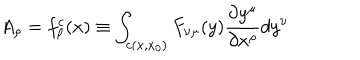
A _ { \rho } = f _ { \rho } ^ { c } ( x ) \equiv \int _ { c ( x , x _ { 0 } ) } F _ { \nu \mu } ( y ) \frac { \partial y ^ { \mu } } { \partial x ^ { \rho } } d y ^ { \nu }